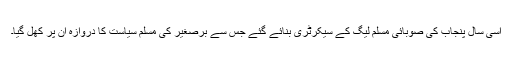
اسی سال پنجاب کی صوبائی مسلم لیگ کے سیکرٹری بنائے گئے جس سے برّصغیر کی مسلم سیاست کا دروازہ ان پر کھل گیا۔